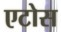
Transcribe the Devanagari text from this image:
एटोस